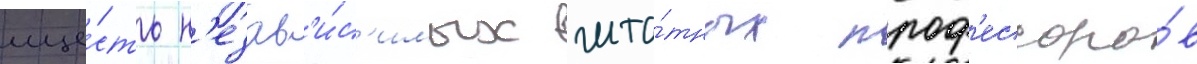
ше́сть н'езав'и́с'имых шта́тных проф'ессоро́в